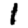
Digit: 1